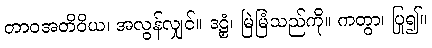
တာဝအတိဝိယ၊ အလွန်လျှင်။ ဒဠှံ၊ မြဲမြံသည်ကို။ ကတွာ၊ ပြု၍။